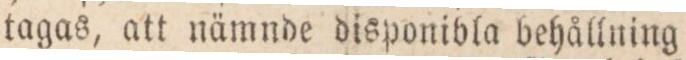
tagas, att nämnde disponibla behållning